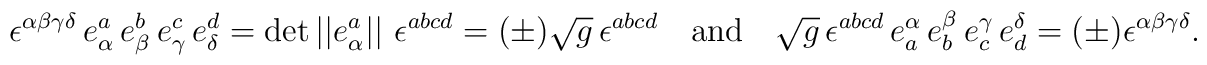
\epsilon ^{\alpha \beta \gamma \delta }\,e_\alpha ^a\,e_\beta ^b\,e_\gamma^c\,e_\delta ^d=\det \left| \left| e_\alpha ^a\right| \right|\, \epsilon ^{abcd}=(\pm )\sqrt{g}\, \epsilon ^{abcd}\quad {\rm and}\quad\sqrt{g}\,\epsilon^{abcd}\,e_a^\alpha \,e_b^\beta \,e_c^\gamma \,e_d^\delta=(\pm ) \epsilon^{\alpha \beta \gamma \delta }.